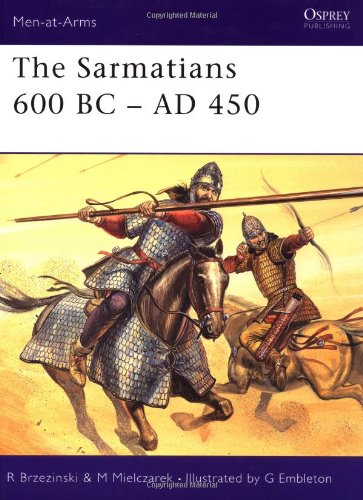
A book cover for The Sarmatians 600 BC-AD 450 (Men-at-Arms); Richard Brzezinski; History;